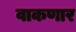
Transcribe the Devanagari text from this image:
वाकणार